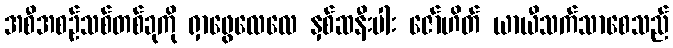
အစီအစဉ်သစ်တစ်ခုကို ရှာဖွေလေလေ နှစ်ဆနီးပါး ဇော်ဟိတ် ယာယီသက်သာစေသည်